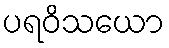
ပရဝိသယော